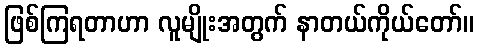
ဖြစ်ကြရတာဟာ လူမျိုးအတွက် နာတယ်ကိုယ်တော်။